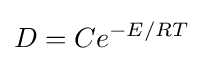
D=Ce^{-E/RT}